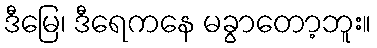
ဒီမြေ၊ ဒီရေကနေ မခွာတော့ဘူး။